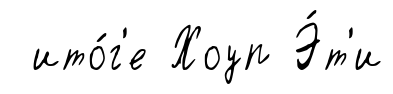
ито́г'е Хоуп Э́т'и